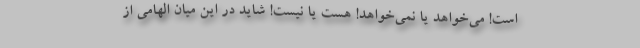
است! می‌خواهد یا نمی‌خواهد! هست یا نیست! شاید در این میان الهامی از